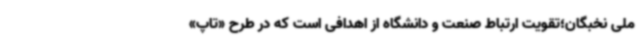
ملی نخبگان؛تقویت ارتباط صنعت و دانشگاه از اهدافی است که در طرح «تاپ»